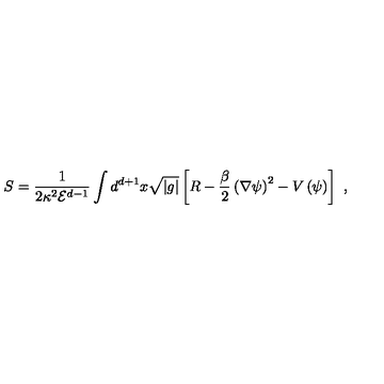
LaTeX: S = \frac { 1 } { 2 \kappa ^ { 2 } { \mathcal E } ^ { d - 1 } } \int d ^ { d + 1 } x \sqrt { | g | } \left[ R - \frac { \beta } { 2 } \left( \nabla \psi \right) ^ { 2 } - V \left( \psi \right) \right] \ ,